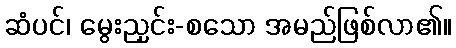
ဆံပင်၊ မွေးညှင်း-စသော အမည်ဖြစ်လာ၏။